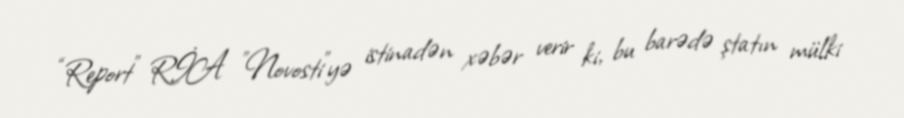
“Report” RİA "Novosti"yə istinadən xəbər verir ki, bu barədə ştatın mülki